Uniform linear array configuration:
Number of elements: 8
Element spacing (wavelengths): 0.5
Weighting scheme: hamming
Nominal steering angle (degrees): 30
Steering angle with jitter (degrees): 28.845
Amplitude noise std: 0.05
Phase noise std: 0.05

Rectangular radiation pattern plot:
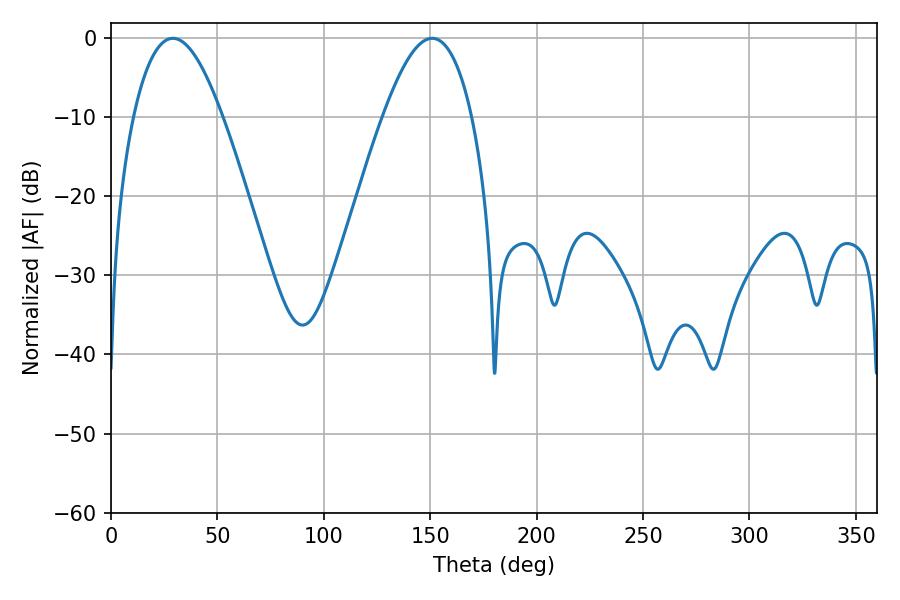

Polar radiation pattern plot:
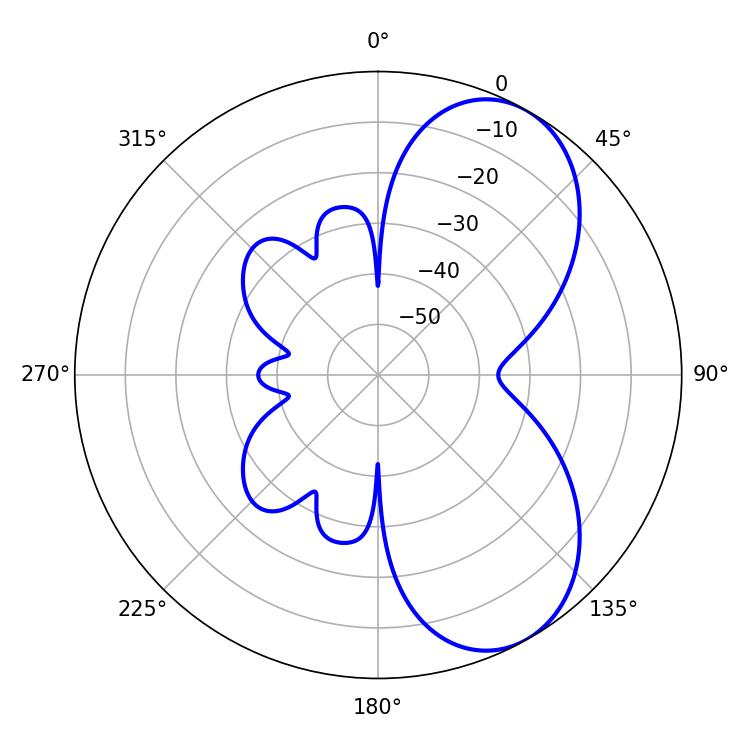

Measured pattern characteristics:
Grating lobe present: FALSE
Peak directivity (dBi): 6.675
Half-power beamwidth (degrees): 22.86
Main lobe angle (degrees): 29.16